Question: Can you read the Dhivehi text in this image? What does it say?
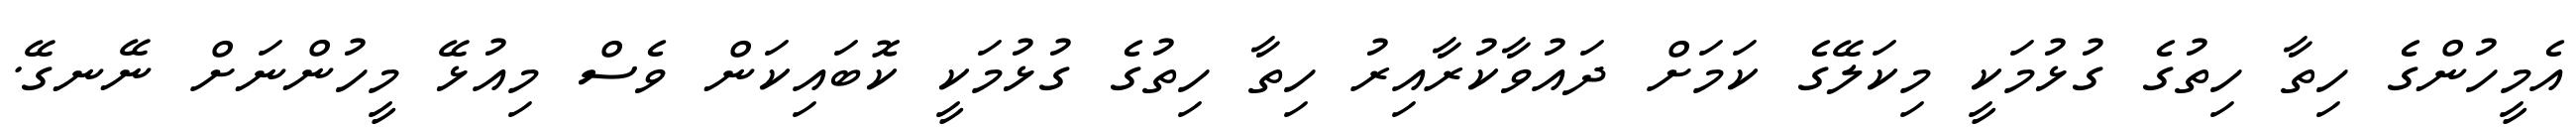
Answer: އެމީހުންގެ ހިތާ ހިތުގެ ގުޅުމަކީ މިކަލޭގެ ކަމަށް ދައުވާކުރާއިރު ހިތާ ހިތުގެ ގުޅުމަކީ ކޮބައިކަން ވެސް މިއުޅޭ މީހުންނަށް ނޭނގޭ.